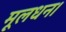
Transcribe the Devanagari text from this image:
मूलधन।